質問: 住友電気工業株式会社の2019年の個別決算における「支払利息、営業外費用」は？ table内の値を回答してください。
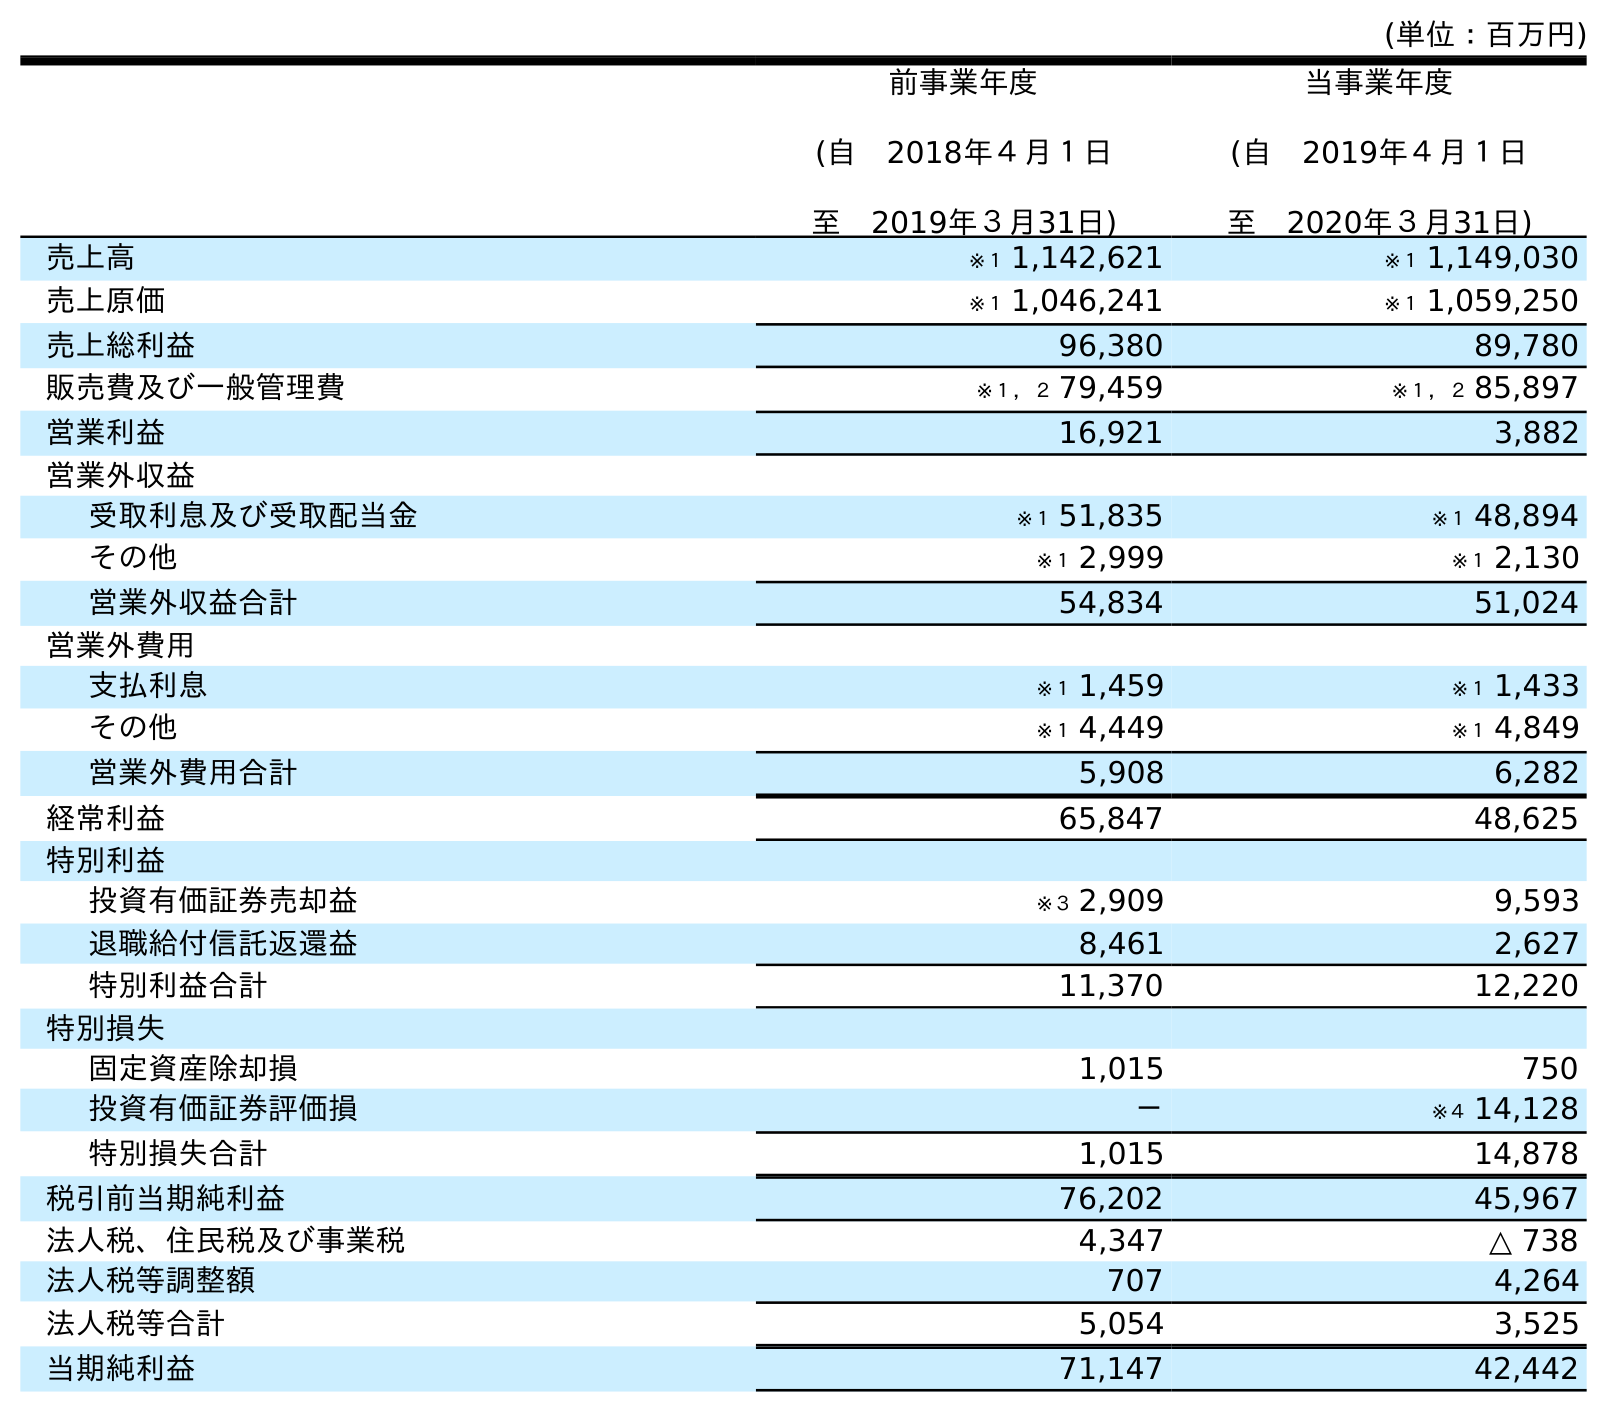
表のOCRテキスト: (単位：百万円) 前事業年度 (自 2018年４月１日 至 2019年３月31日) 当事業年度 (自 2019年４月１日 至 2020年３月31日) 売上高 ※１ 1,142,621 ※１ 1,149,030 売上原価 ※１ 1,046,241 ※１ 1,059,250 売上総利益 96,380 89,780 販売費及び一般管理費 ※１，２ 79,459 ※１，２ 85,897 営業利益 16,921 3,882 営業外収益 受取利息及び受取配当金 ※１ 51,835 ※１ 48,894 その他 ※１ 2,999 ※１ 2,130 営業外収益合計 54,834 51,024 営業外費用 支払利息 ※１ 1,459 ※１ 1,433 その他 ※１ 4,449 ※１ 4,849 営業外費用合計 5,908 6,282 経常利益 65,847 48,625 特別利益 投資有価証券売却益 ※３ 2,909 9,593 退職給付信託返還益 8,461 2,627 特別利益合計 11,370 12,220 特別損失 固定資産除却損 1,015 750 投資有価証券評価損 － ※４ 14,128 特別損失合計 1,015 14,878 税引前当期純利益 76,202 45,967 法人税、住民税及び事業税 4,347 △ 738 法人税等調整額 707 4,264 法人税等合計 5,054 3,525 当期純利益 71,147 42,442
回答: ※１1,459